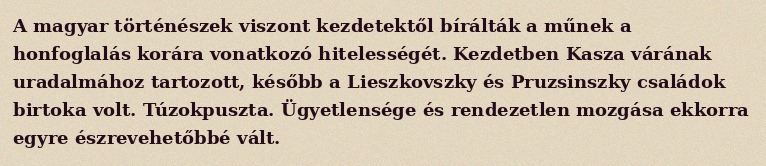
A magyar történészek viszont kezdetektől bírálták a műnek a honfoglalás korára vonatkozó hitelességét. Kezdetben Kasza várának uradalmához tartozott, később a Lieszkovszky és Pruzsinszky családok birtoka volt. Túzokpuszta. Ügyetlensége és rendezetlen mozgása ekkorra egyre észrevehetőbbé vált.